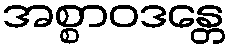
အစ္စာဝဒန္တေ